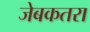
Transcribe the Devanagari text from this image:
जेबकतरा